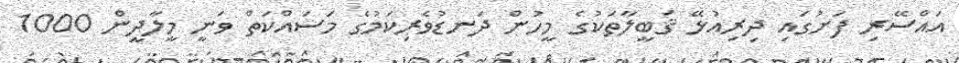
އައްސޭރި ފަށުގައި ދިރިއުޅޭ ޤަބީލާތަކުގެ މީހުން ދަނޑުވެރިކަމުގެ މަސައްކަތް ވަނީ މީލާދީން 1000